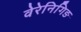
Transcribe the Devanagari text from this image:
वेरेनिगिङ